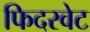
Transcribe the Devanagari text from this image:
फिदरवेट